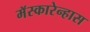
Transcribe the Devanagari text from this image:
मॅस्कारेन्हास